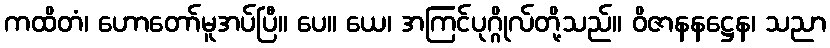
ကထိတံ၊ ဟောတော်မူအပ်ပြီ။ ပေ။ ယေ၊ အကြင်ပုဂ္ဂိုလ်တို့သည်။ ဝိဇာနနဋ္ဌေန၊ သညာ